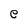
Character: e